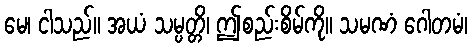
မေ၊ ငါသည်။ အယံ သမ္ပတ္တိ၊ ဤစည်းစိမ်ကို။ သမဏံ ဂေါတမံ၊